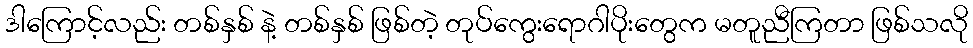
ဒါကြောင့်လည်း တစ်နှစ် နဲ့ တစ်နှစ် ဖြစ်တဲ့ တုပ်ကွေးရောဂါပိုးတွေက မတူညီကြတာ ဖြစ်သလို